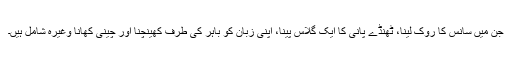
جن میں سانس کا روک لینا، ٹھنڈے پانی کا ایک گلاس پینا، اپنی زبان کو باہر کی طرف کھینچنا اور چینی کھانا وغیرہ شامل ہیں۔